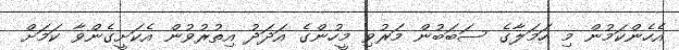
އެހެންކަމުން މި ހަމަލާގެ ސަބަބުން މަރުވި މީހުންގެ އަދަދު އިތުރުވުން އެކަށީގެންވާ ކަމަށް